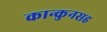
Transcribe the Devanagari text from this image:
कान्कुनसह